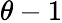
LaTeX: \theta-1